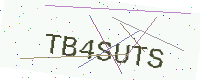
Text: TB4SUTS